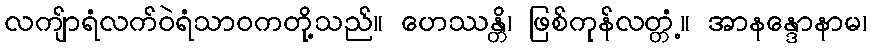
လကျ်ာရံလက်ဝဲရံသာဝကတို့သည်။ ဟေဿန္တိ၊ ဖြစ်ကုန်လတ္တံ့။ အာနန္ဒောနာမ၊